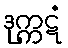
ဒုက္ကဋံ